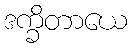
ဒက္ခိတာယေ